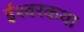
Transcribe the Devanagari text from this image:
ईश्वरकथा